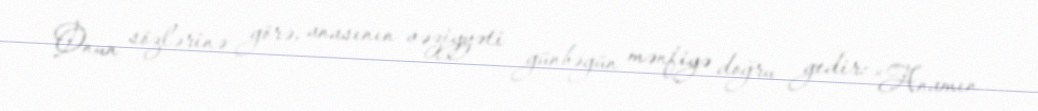
Onun sözlərinə görə, anasının vəziyyəti günbəgün mənfiyə doğru gedir: “Anamın